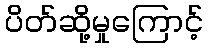
ပိတ်ဆို့မှုကြောင့်